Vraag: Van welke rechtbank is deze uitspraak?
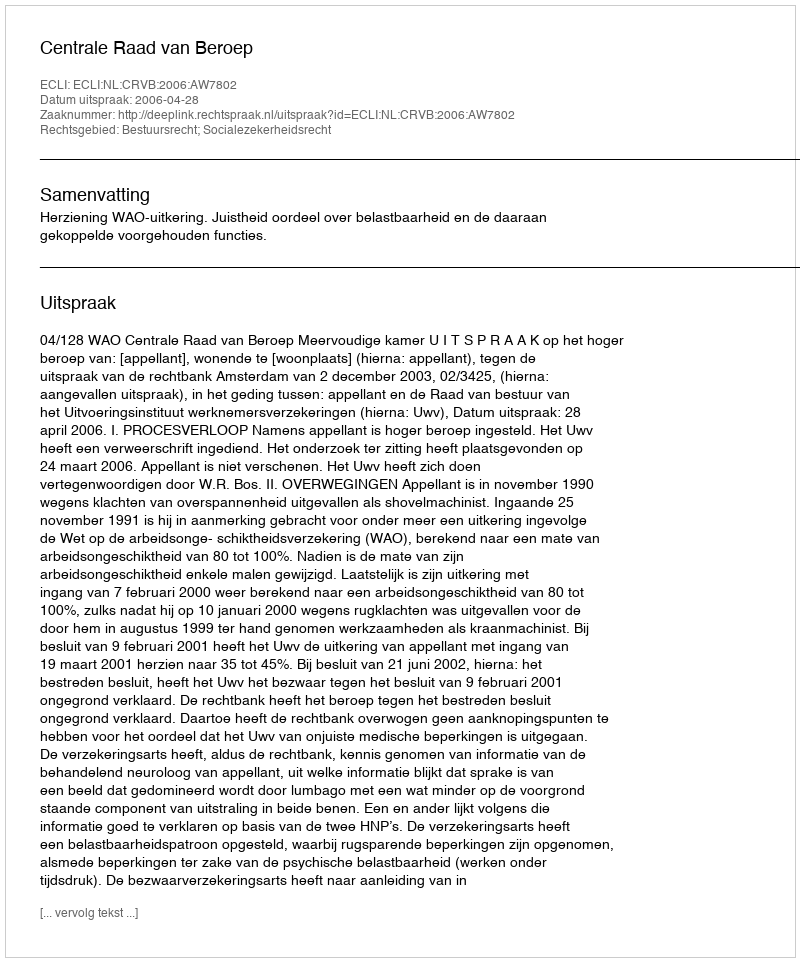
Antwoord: Centrale Raad van Beroep